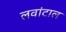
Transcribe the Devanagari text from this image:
लवांटाल